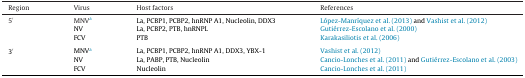
<table><thead><tr><td><b>Region</b></td><td><b>Virus</b></td><td><b>Host factors</b></td><td><b>References</b></td></tr></thead><tbody><tr><td rowspan="3">5′</td><td>MNVa</td><td>La, PCBP1, PCBP2, hnRNP A1, Nucleolin, DDX3</td><td>López-Manríquez et al. (2013) and Vashist et al. (2012)</td></tr><tr><td>NV</td><td>La, PCBP2, PTB, hnRNPL</td><td>Gutiérrez-Escolano et al. (2000)</td></tr><tr><td>FCV</td><td>PTB</td><td>Karakasiliotis et al. (2006)</td></tr><tr><td colspan="4">  </td></tr><tr><td rowspan="3">3′</td><td>MNVa</td><td>La, PCBP1, PCBP2, hnRNP A1, DDX3, YBX-1</td><td>Vashist et al. (2012)</td></tr><tr><td>NV</td><td>La, PABP, PTB, Nucleolin</td><td>Cancio-Lonches et al. (2011) and Gutiérrez-Escolano et al. (2003)</td></tr><tr><td>FCV</td><td>Nucleolin</td><td>Cancio-Lonches et al. (2011)</td></tr></tbody></table>